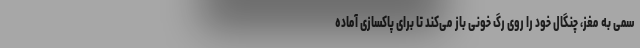
سمی به مغز، چنگال خود را روی رگ خونی باز می‌کند تا برای پاکسازی آماده